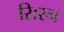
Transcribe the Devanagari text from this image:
सिरन